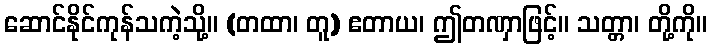
ဆောင်နိုင်ကုန်သကဲ့သို့။ (တထာ၊ တူ) ဧတာယ၊ ဤတဏှာဖြင့်။ သတ္တာ၊ တို့ကို။